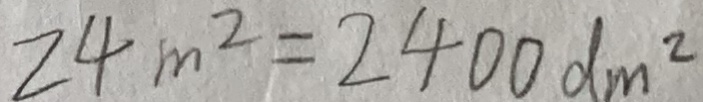
2 4 m ^ { 2 } = 2 4 0 0 d m ^ { 2 }